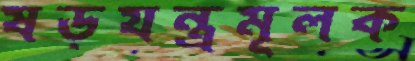
ষড়যন্ত্রমূলক